Mental hospitals Bombay report 1929-33 - 1929-1933
Year: 1929
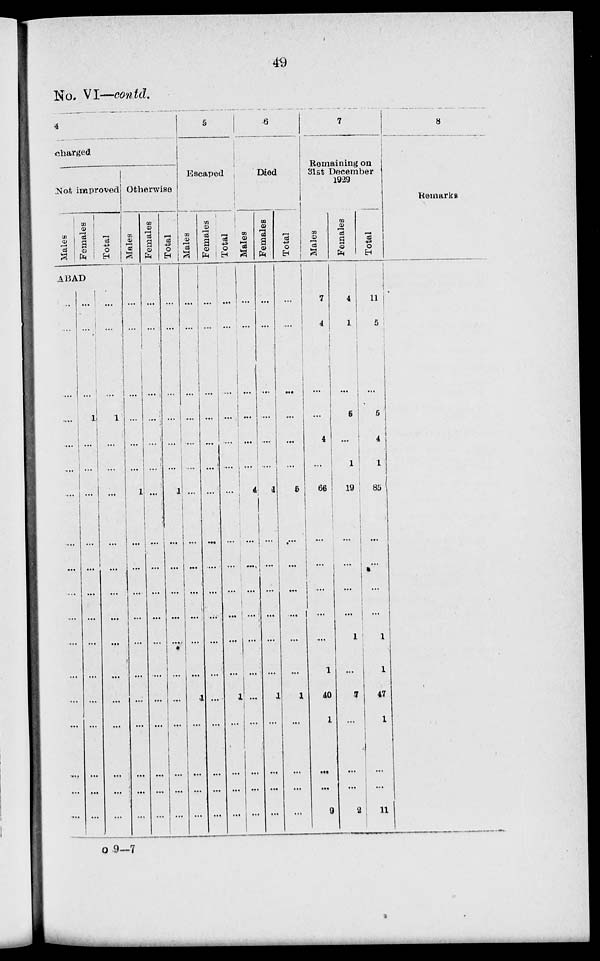
49
No. VI—contd.
4
charged
Not improved
Males
Females
Total
ABAD
...
...
...
...
...
...
...
...
...
...
...
...
...
...
...
...
...
...
...
...
...
1
...
...
...
...
...
...
...
...
...
...
...
...
...
...
...
...
...
1
...
...
...
...
...
...
...
...
...
...
...
...
...
...
Otherwise
Males
...
...
...
...
...
...
1
...
...
...
...
...
...
...
...
...
...
...
Females
...
...
...
...
...
...
...
...
...
...
...
...
...
...
...
...
...
...
Total
...
...
...
...
...
...
1
...
...
...
...
...
...
...
...
...
...
...
5
Escaped
Males
...
...
...
...
....
....
...
...
...
...
...
...
...
1
...
...
...
...
Females
...
...
...
...
...
...
...
...
...
...
...
...
...
...
...
...
...
...
Total
...
...
...
...
...
...
...
...
...
...
...
...
...
1
...
...
...
...
6
Died
Males
...
...
...
...
...
...
4
...
....
...
...
...
...
...
...
...
...
...
Females
...
...
...
...
...
...
1
...
...
...
...
...
...
1
...
...
...
...
Total
...
...
...
...
...
...
5
...
...
...
...
...
...
1
...
...
...
...
7
Remaining on
31st December
1929
Males
7
4
...
...
4
...
66
...
...
...
...
...
1
40
1
...
...
9
Females
4
1
...
5
...
1
19
...
...
...
...
1
...
7
...
...
...
2
Total
11
5
...
5
4
1
85
...
...
...
...
1
1
47
1
...
...
11
8
Remarks
O 9—7